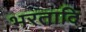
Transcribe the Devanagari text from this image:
भरतादि